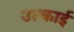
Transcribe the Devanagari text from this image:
उल्काई